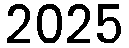
2025